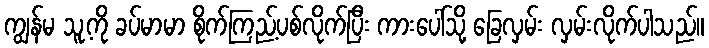
ကျွန်မ သူ့ကို ခပ်မာမာ စိုက်ကြည့်ပစ်လိုက်ပြီး ကားပေါ်သို့ ခြေလှမ်း လှမ်းလိုက်ပါသည်။